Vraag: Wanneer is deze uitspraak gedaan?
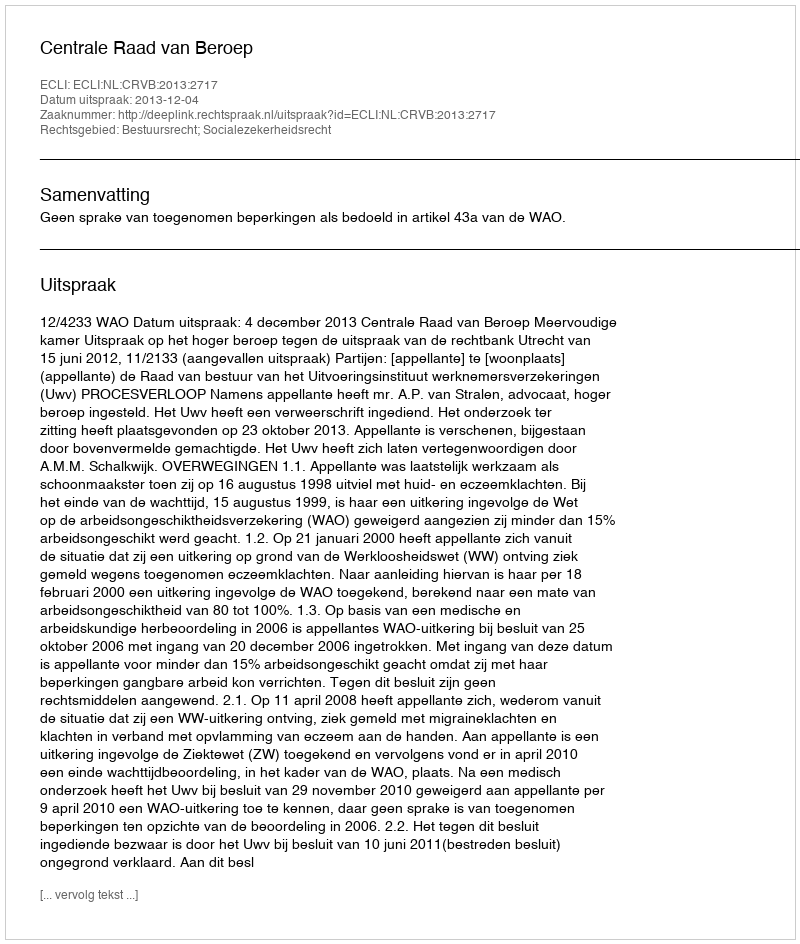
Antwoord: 2013-12-04